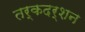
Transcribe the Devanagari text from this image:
तर्कदर्शन